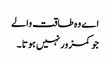
اے وہ طاقت والے
جو کمزور نہیں ہوتا ۔